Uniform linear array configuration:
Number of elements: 4
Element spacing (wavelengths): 1
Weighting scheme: hann
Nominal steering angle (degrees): -60
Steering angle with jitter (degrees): -59.71
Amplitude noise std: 0.05
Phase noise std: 0.05

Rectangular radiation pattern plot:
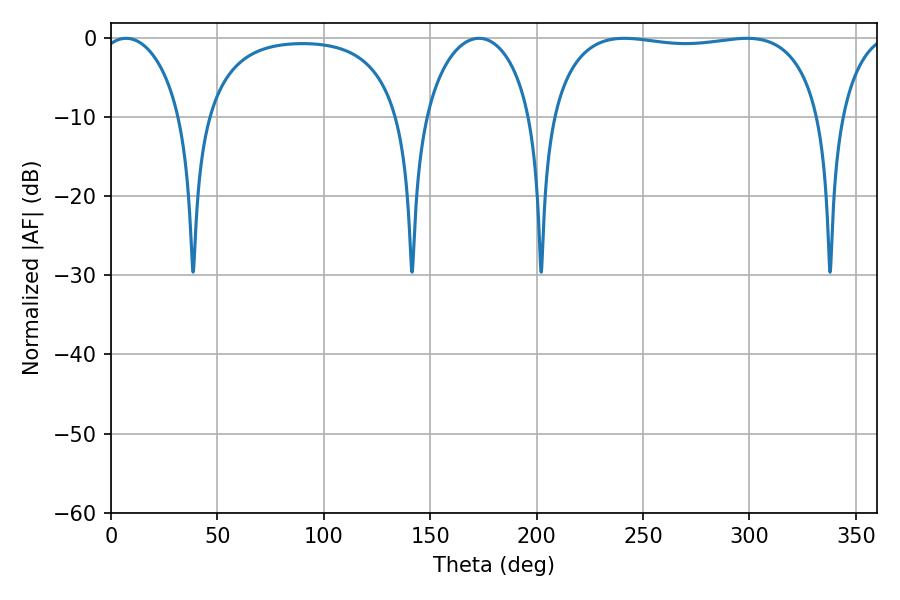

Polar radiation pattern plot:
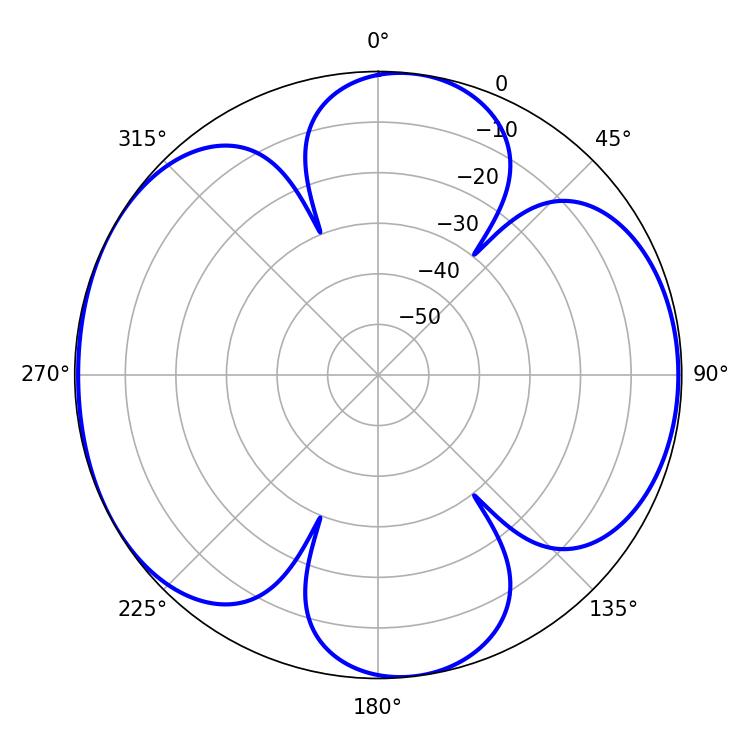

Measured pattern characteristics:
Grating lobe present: TRUE
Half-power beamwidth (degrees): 102.24
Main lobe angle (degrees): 241.2